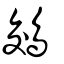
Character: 鵁